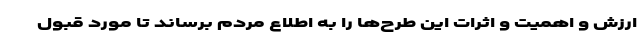
ارزش و اهمیت و اثرات این طرح‌ها را به اطلاع مردم برساند تا مورد قبول